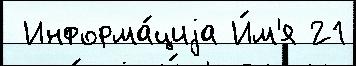
 Информа́циjа И́м'я 21